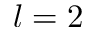
l = 2